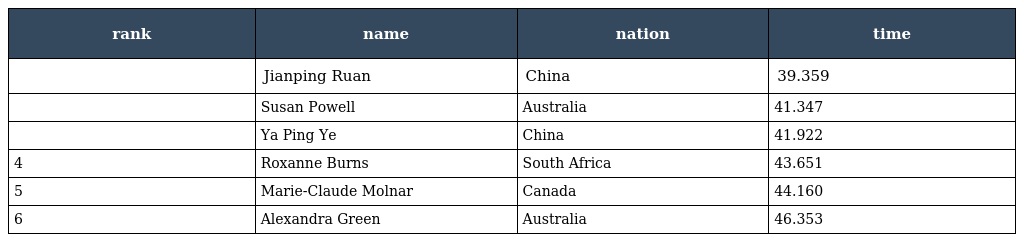
| rank | name | nation | time |
 | --- | --- | --- | --- |
 |  | Jianping Ruan | China | 39.359 |
 |  | Susan Powell | Australia | 41.347 |
 |  | Ya Ping Ye | China | 41.922 |
 | 4 | Roxanne Burns | South Africa | 43.651 |
 | 5 | Marie-Claude Molnar | Canada | 44.160 |
 | 6 | Alexandra Green | Australia | 46.353 |